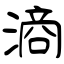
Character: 滳